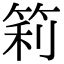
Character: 筣